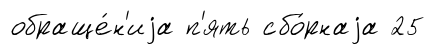
обраще́н'иjа п'ять сбо́рнаjа 25